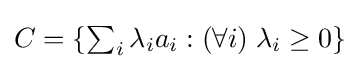
\textstyle C=\{\sum _{i}\lambda _{i}a_{i}:(\forall i)\;\lambda _{i}\geq 0\}